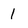
Character: 1